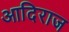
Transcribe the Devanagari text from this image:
आदिराज